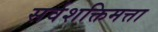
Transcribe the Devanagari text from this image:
सर्वशक्तिमत्ता